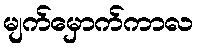
မျက်မှောက်ကာလ